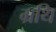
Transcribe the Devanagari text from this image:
ग्रथि